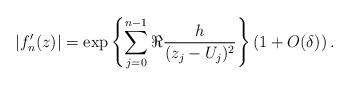
LaTeX: \begin{align*} \left|f_n'(z) \right| = \exp\left\{\sum_{j=0}^{n-1} \Re \frac{h}{(z_{j}-U_j)^2}\right\} \left(1+O(\delta) \right). \end{align*}